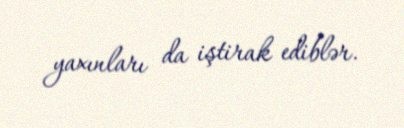
yaxınları da iştirak ediblər.